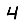
Digit: 4